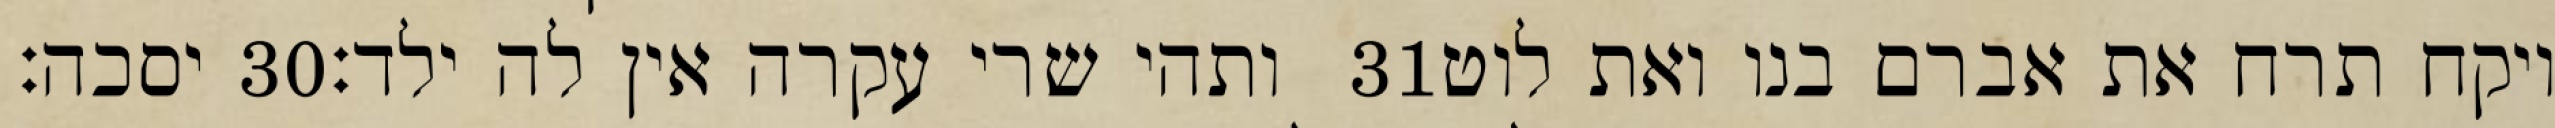
יסכה׃ ‎30‏ ותהי שרי עקרה אין לה ילד׃ ‎31‏ ויקח תרח את אברם בנו ואת לוט